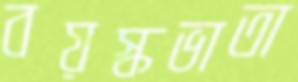
বয়স্কভাতা